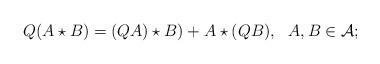
LaTeX: \begin{align*}Q(A\star B)=(QA)\star B)+A\star (Q B),~~A,B \in {\cal A};\end{align*}